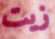
زيت